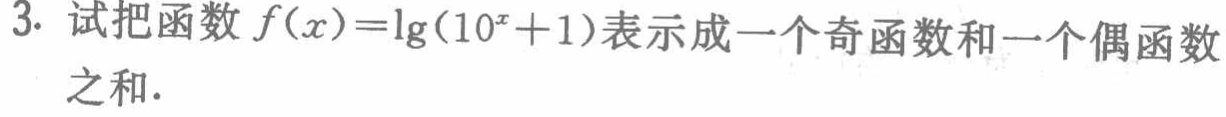
3. 试把函数\(f(x)=\lg(10^{x}+1)\)表示成一个奇函数和一个偶函数之和.